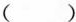
( )